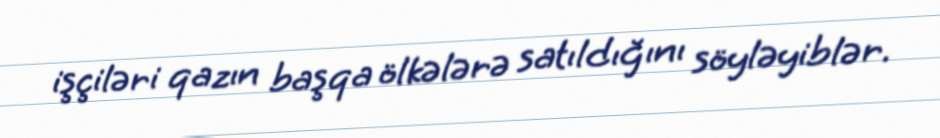
işçiləri qazın başqa ölkələrə satıldığını söyləyiblər.